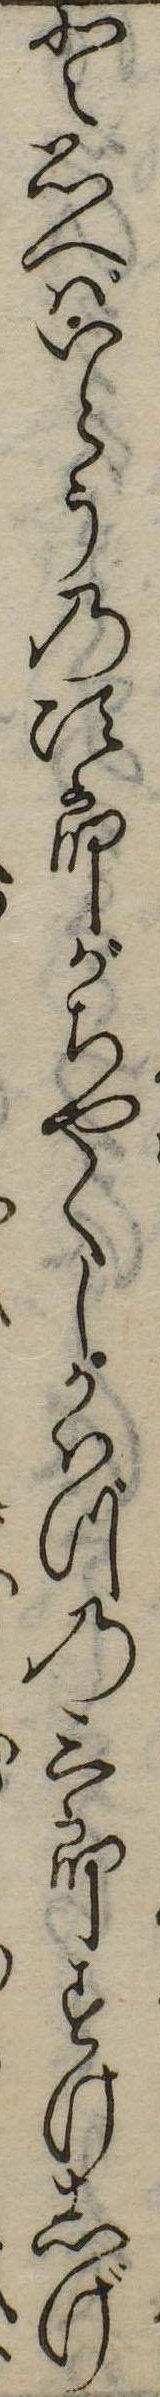
と思へばいとうの次郎がちやくしかはづの三郎すけしげ